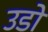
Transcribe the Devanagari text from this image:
उडो